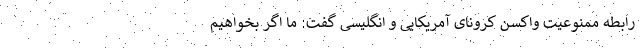
رابطه ممنوعیت واکسن کرونای آمریکایی و انگلیسی گفت: ما اگر بخواهیم